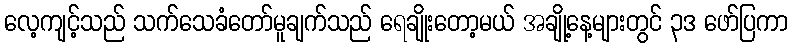
လေ့ကျင့်သည် သက်သေခံတော်မူချက်သည် ရေချိုးတော့မယ် အချို့နေ့များတွင် ၃ဒ ဖော်ပြကာ